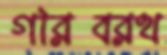
গরিবরথ